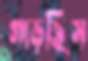
গাড়ছিস